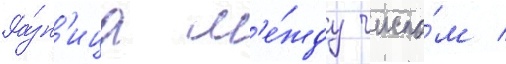
Ра́зн'ица м'е́жду число́м /